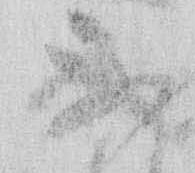
不